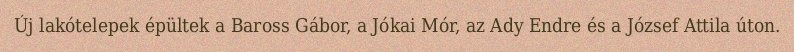
Új lakótelepek épültek a Baross Gábor, a Jókai Mór, az Ady Endre és a József Attila úton.